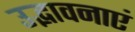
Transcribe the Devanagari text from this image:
उद्भावनाएं